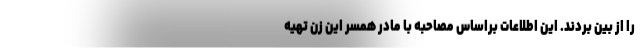
را از بین بردند. این اطلاعات براساس مصاحبه با مادر همسر این زن تهیه